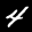
Label: 4